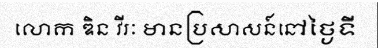
លោក ឌិន វីរៈ មានប្រសាសន៍នៅថ្ងៃទី